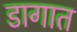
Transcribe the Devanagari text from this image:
डागात